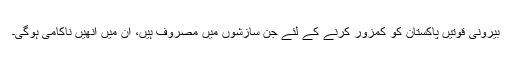
بیرونی قوتیں پاکستان کو کمزور کرنے کے لئے جن سازشوں میں مصروف ہیں، ان میں انھیں ناکامی ہوگی۔